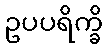
ဥပပရိက္ခိ